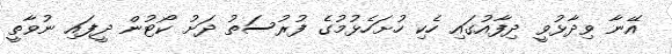
އޭނާ ވިދާޅުވީ ދިފާއުގައި ހެކި ހުށަހެޅުމުގެ ފުރުސަތު ދަށު ކޯޓުން ދީފައި ނުވާތީ